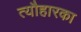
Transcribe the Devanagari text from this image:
त्यौहारका